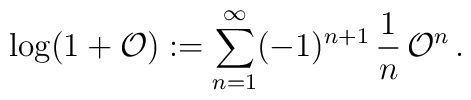
\log (1+{\cal O}) := \sum\limits_{n=1}^\infty (-1)^{n+1} \, {1 \over n} \, {\cal O}^n   \,.